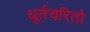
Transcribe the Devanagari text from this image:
धूर्तचरितो